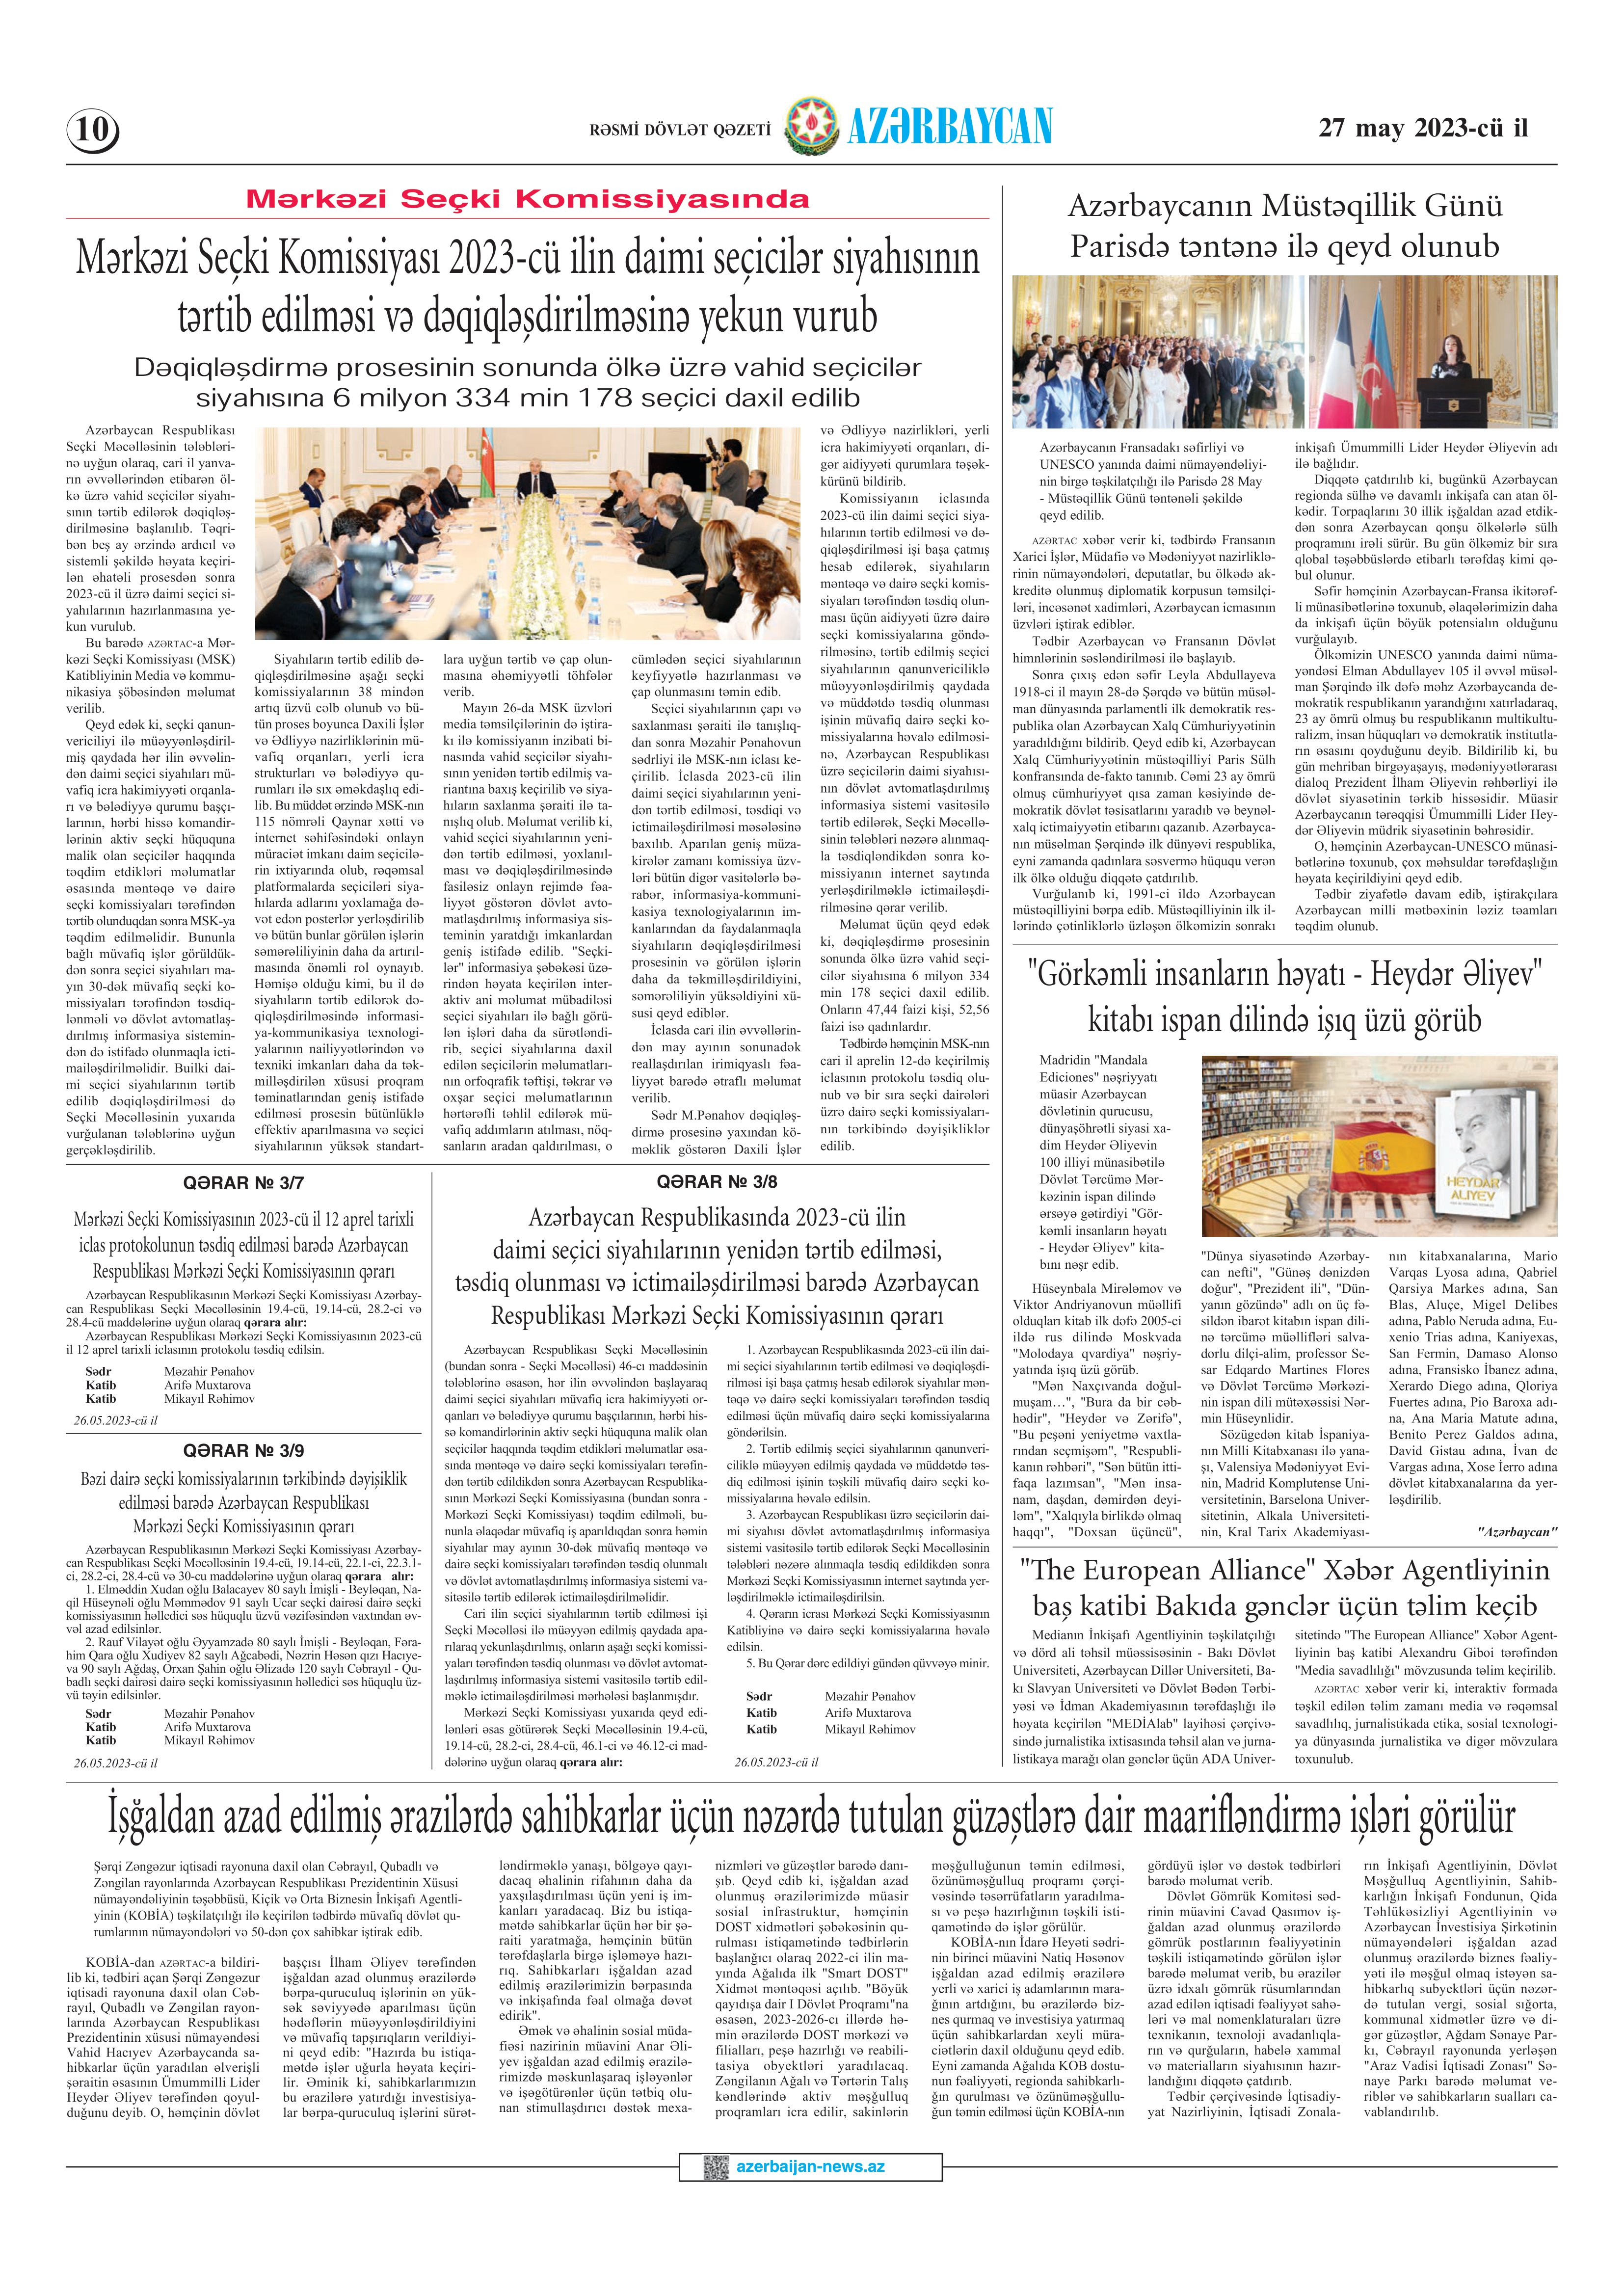
Language: az